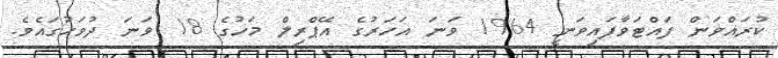
ކުރައްވަން ފައްޓަވާފައިވަނީ 1964 ވަނަ އަހަރުގެ އޭޕްރިލް މަހުގެ 18 ވަނަ ދުވަހުގައެވެ.